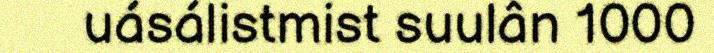
uásálistmist suulân 1000